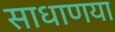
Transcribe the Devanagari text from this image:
साधाणया